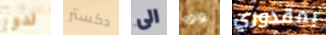
لدور دكستر الى واوو بمقدوري